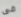
فى